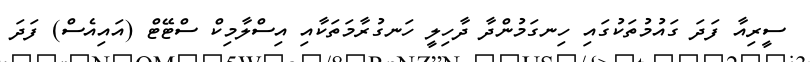
ސީރިއާ ފަދަ ގައުމުތަކުގައި ހިނގަމުންދާ ދާހިލީ ހަނގުރާމަތަކާއި އިސްލާމިކް ސްޓޭޓް (އައިއެސް) ފަދަ